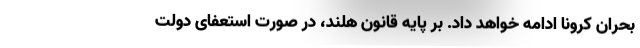
بحران کرونا ادامه خواهد داد. بر پایه قانون هلند، در صورت استعفای دولت